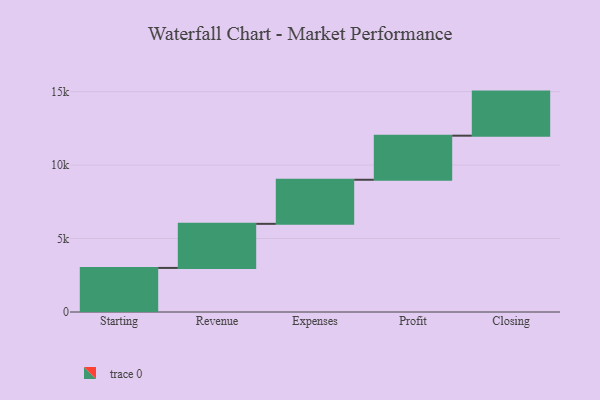
{"axis": {"x": "Step", "y": "Value"}, "legend": [""], "data": [{"x": "Starting", "y": 3000, "type": ""}, {"x": "Revenue", "y": 3000, "type": ""}, {"x": "Expenses", "y": 3000, "type": ""}, {"x": "Profit", "y": 3000, "type": ""}, {"x": "Closing", "y": 3000, "type": ""}]}